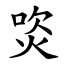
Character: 焁